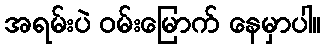
အရမ်းပဲ ဝမ်းမြောက် နေမှာပါ။